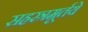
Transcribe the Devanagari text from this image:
सहस्त्रमूर्तये